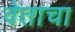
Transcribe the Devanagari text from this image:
वेताचा